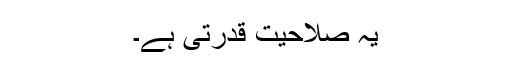
یہ صلاحیت قدرتی ہے۔